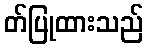
တ်ပြုထားသည်